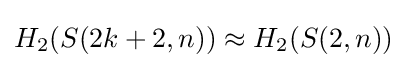
H_{2}(S(2k+2,n))\approx H_{2}(S(2,n))